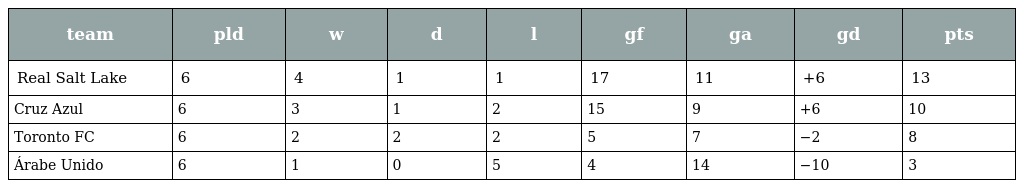
| team | pld | w | d | l | gf | ga | gd | pts |
 | --- | --- | --- | --- | --- | --- | --- | --- | --- |
 | Real Salt Lake | 6 | 4 | 1 | 1 | 17 | 11 | +6 | 13 |
 | Cruz Azul | 6 | 3 | 1 | 2 | 15 | 9 | +6 | 10 |
 | Toronto FC | 6 | 2 | 2 | 2 | 5 | 7 | −2 | 8 |
 | Árabe Unido | 6 | 1 | 0 | 5 | 4 | 14 | −10 | 3 |